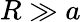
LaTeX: R\gg a